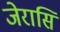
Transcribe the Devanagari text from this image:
जेरासि